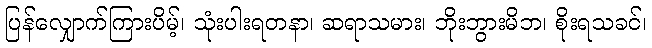
ပြန်လျှောက်ကြားပိမ့်၊ သုံးပါးရတနာ၊ ဆရာသမား၊ ဘိုးဘွားမိဘ၊ စိုးရသခင်၊